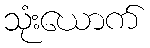
သုံးယောက်